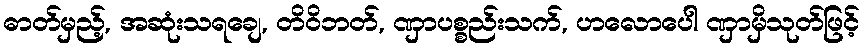
ဓာတ်မှည့်, အဆုံးသရချေ, တိဝိဘတ်, ဏှာပစ္စည်းသက်, ဟလောပေါ ဏှာမှိသုတ်ဖြင့်